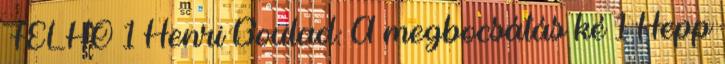
FELHŐ 1 Henri Boulad: A megbocsátás ké 1 Hepp